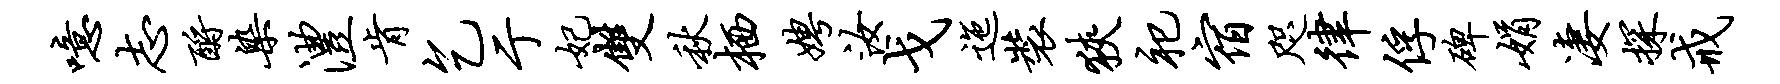
噫志酹染澧肯乞亍妃双秋栖娉汝戈迤装狭祀宿咫律俘碑娟凄探戒